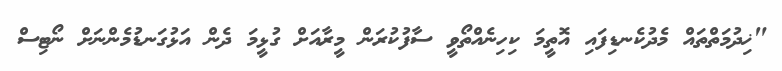
"ޚިދުމަތްތައް މެދުކެނޑިފައި އޮތީމަ ކިހިނެއްތޯވީ ސާފުކުރަން މީރާއަށް ގުޅީމަ ދެން އަޅުގަނޑުމެންނަށް ނޯޓިސް